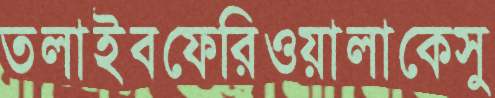
তলাইবফেরিওয়ালাকেসু